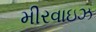
મીરવાઇઝ